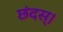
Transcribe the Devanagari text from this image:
छंदस्।